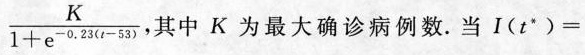
\frac { K } { 1 + e ^ { - 0 . 2 3 ( t - 5 3 ) } }$$，其中K为最大确诊病例数。当$$I ( t * ) =